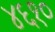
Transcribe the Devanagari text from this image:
४६१०